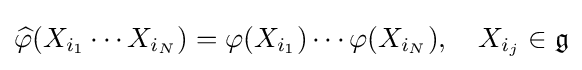
{\widehat {\varphi }}(X_{i_{1}}\cdots X_{i_{N}})=\varphi (X_{i_{1}})\cdots \varphi (X_{i_{N}}),\quad X_{i_{j}}\in {\mathfrak {g}}